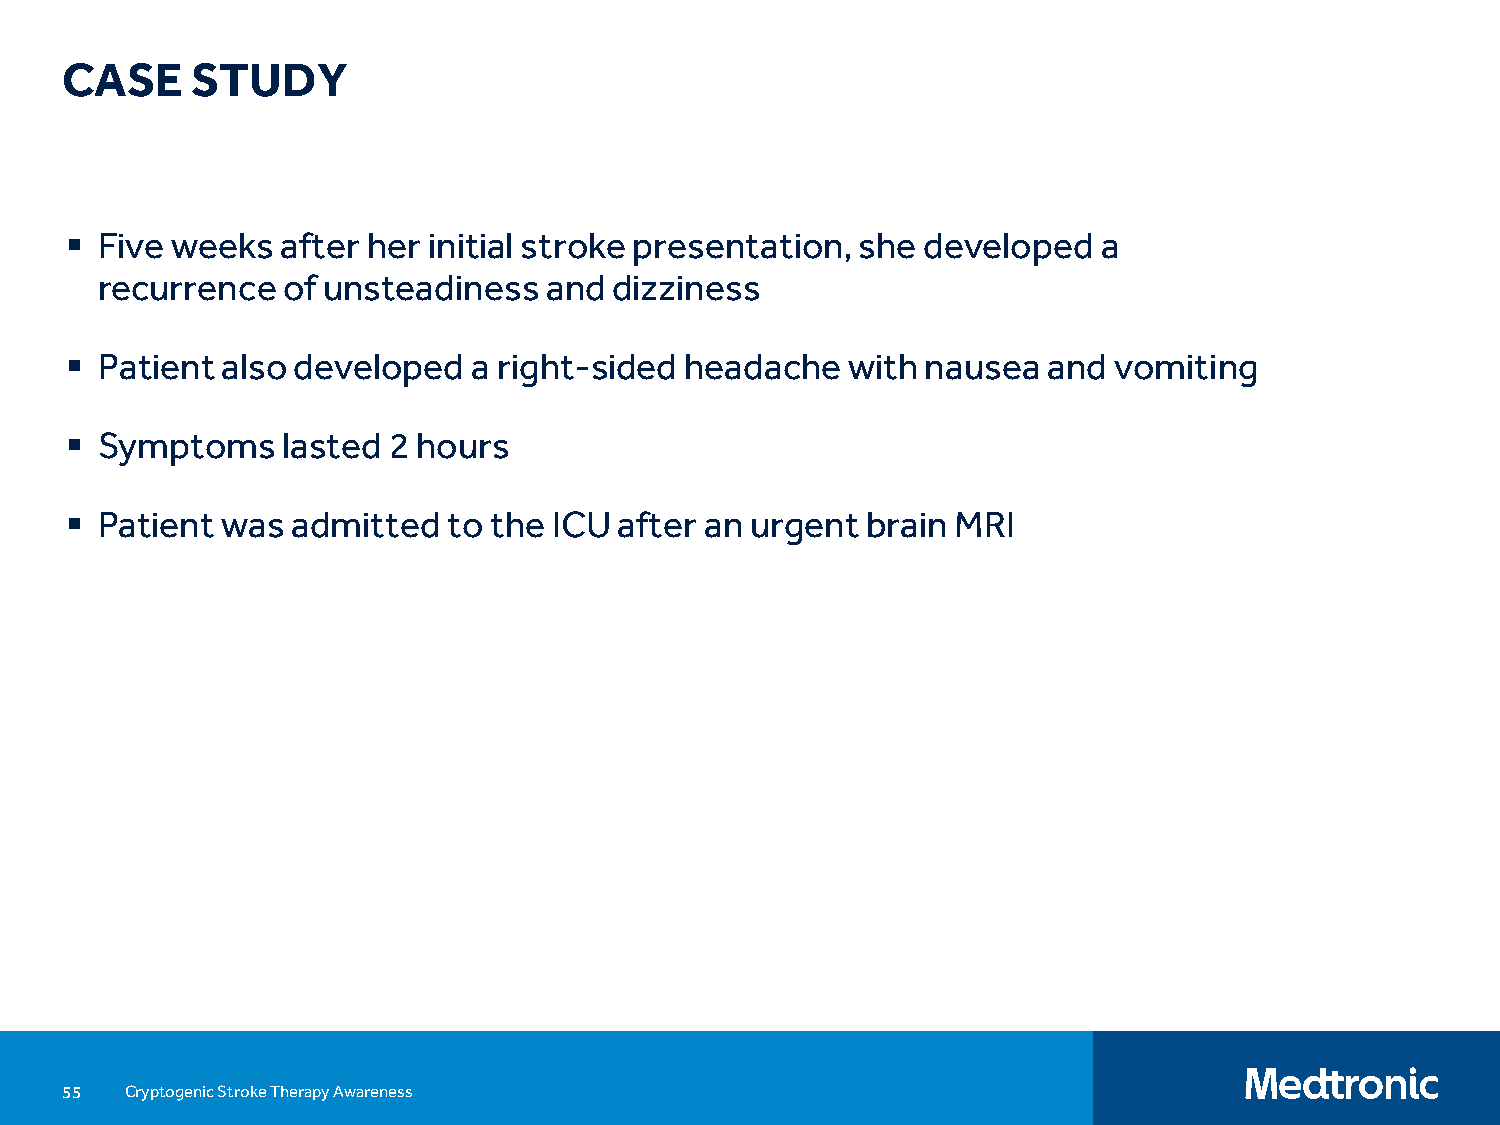
CASE     STUDY
  Five weeks   after her initial stroke presentation, she developed  a
 recurrence   of unsteadiness  and  dizziness
  Patient  also developed  a right-sided headache   with nausea  and  vomiting
  Symptoms     lasted 2 hours
  Patient  was admitted   to the ICU after an urgent brain MRI
 55  Cryptogenic Stroke Therapy Awareness